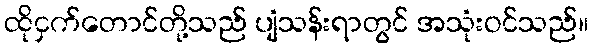
ထိုငှက်တောင်တို့သည် ပျံသန်းရာတွင် အသုံးဝင်သည်။